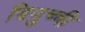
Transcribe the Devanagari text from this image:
दिनुच्ची